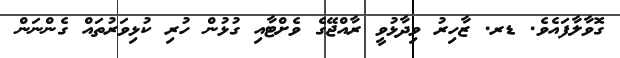
ގޮވާލާފައެވެ. ޑރ. ޒާހިރު ވިދާޅުވީ ރާއްޖޭގެ ވެށްޓާއި ގުޅުން ހުރި ކުޅިވަރުތައް ގެންނަން